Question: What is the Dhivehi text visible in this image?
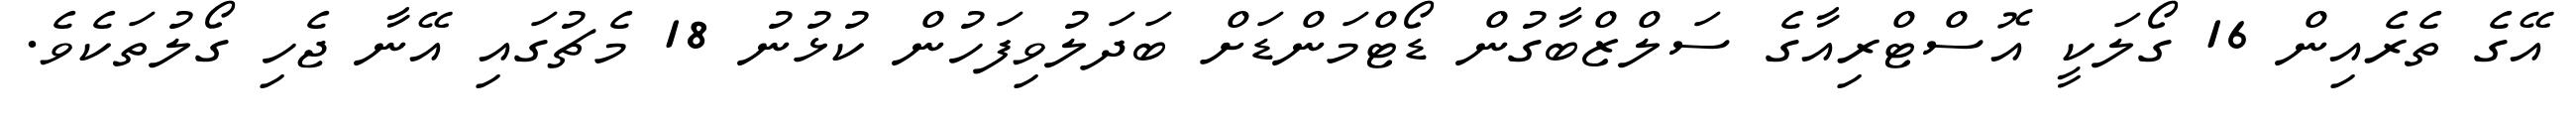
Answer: އޭގެ ތެރެއިން 16 ގޯލަކީ އޮސްޓްރިއާގެ ސަލްޒްބާގުން ޑޯޓްމަންޑަށް ބަދަލުވިފަހުން ކުޅުނު 18 މެޗުގައި އޭނާ ޖެހި ގޯލުތަކެވެ.